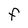
Character: F